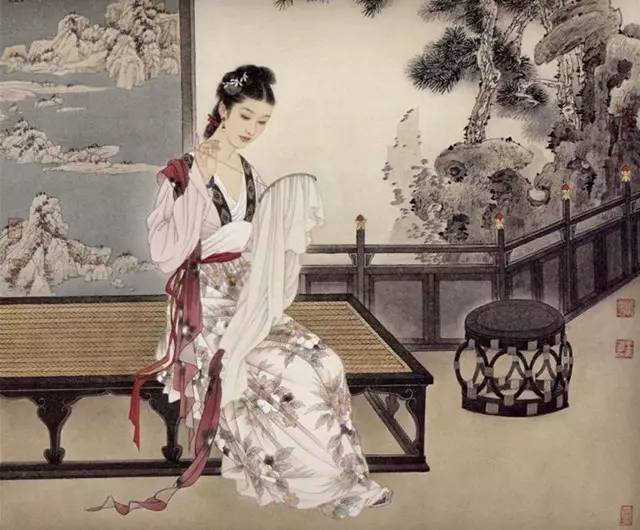
鹊辞穿线月，花入曝衣楼。